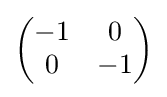
{\begin{pmatrix}-1&0\\0&-1\end{pmatrix}}